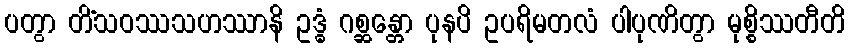
ပတွာ တိံသဝဿသဟဿာနိ ဥဒ္ဓံ ဂစ္ဆန္တော ပုနပိ ဥပရိမတလံ ပါပုဏိတွာ မုစ္စိဿတီတိ